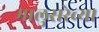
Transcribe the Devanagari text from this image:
मालुसरेच्या